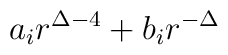
a_i r^{\Delta - 4} + b_i r^{-\Delta}